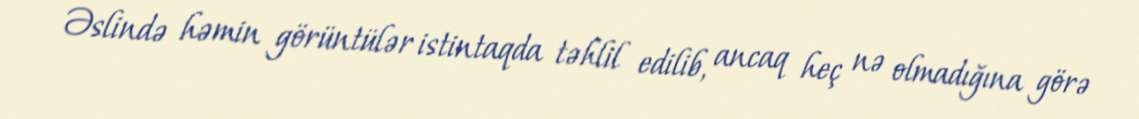
Əslində həmin görüntülər istintaqda təhlil edilib, ancaq heç nə olmadığına görə